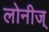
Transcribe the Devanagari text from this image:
लोनीज्